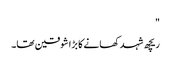
"
ریچھ شہد کھانے کا بڑا شوقین تھا۔